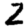
Digit: 2